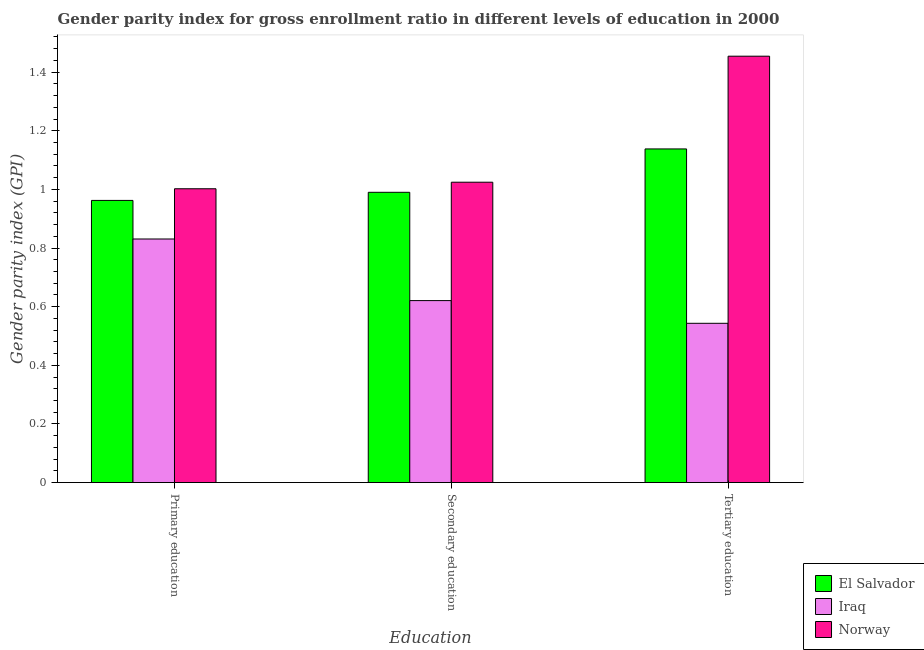
| Education | El Salvador | Iraq | Norway |
 | --- | --- | --- | --- |
 | Primary education | 0.963 | 0.831 | 1 |
 | Secondary education | 0.99 | 0.621 | 1.02 |
 | Tertiary education | 1.14 | 0.543 | 1.45 |